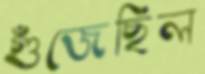
গুঁজেছিল